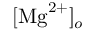
[ \mathrm { M g } ^ { 2 + } ] _ { o }